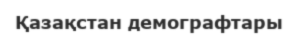
Қазақстан демографтары